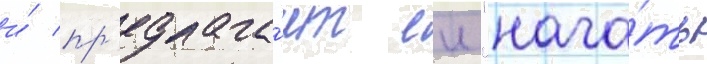
и́ пр'едлага́ет еи "нача́ть